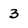
Character: 3